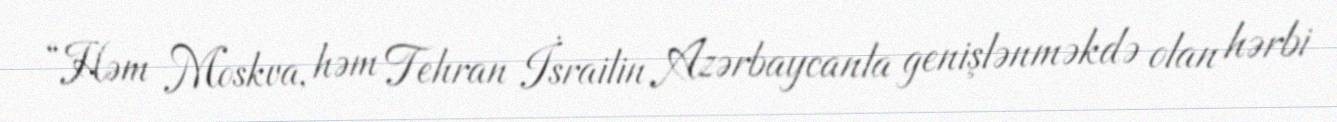
“Həm Moskva, həm Tehran İsrailin Azərbaycanla genişlənməkdə olan hərbi